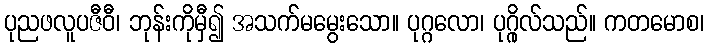
ပုညဖလူပဇီဝီ၊ ဘုန်းကိုမှီ၍ အသက်မမွေးသော။ ပုဂ္ဂလော၊ ပုဂ္ဂိုလ်သည်။ ကတမောစ၊